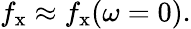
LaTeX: f_{\mathrm{x}}\approx f_{\mathrm{x}}(\omega=0).